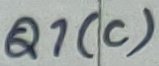
Text: Q1(C)